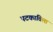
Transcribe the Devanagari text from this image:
पटकाविला